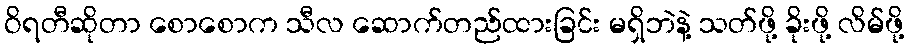
ဝိရတီဆိုတာ စောစောက သီလ ဆောက်တည်ထားခြင်း မရှိဘဲနဲ့ သတ်ဖို့ ခိုးဖို့ လိမ်ဖို့